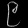
Digit: ၉